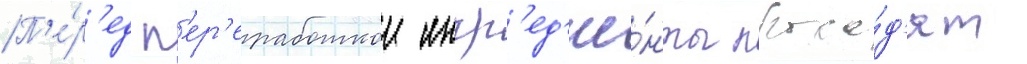
П'е́р'ед п'ер'еработкои ингр'ед'ие́нты прохо́д'ят